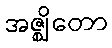
အဇ္ဈိတော